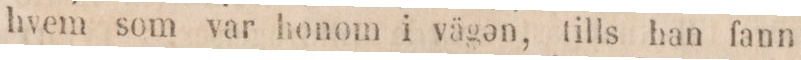
hvem som var honom i vägən, tills han fann